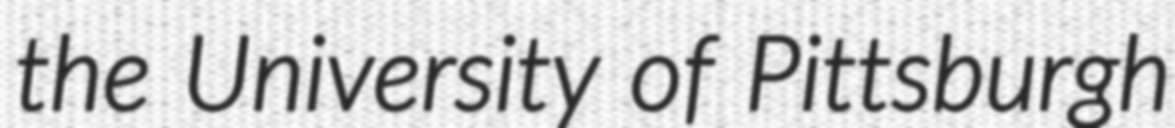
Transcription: the University of Pittsburgh